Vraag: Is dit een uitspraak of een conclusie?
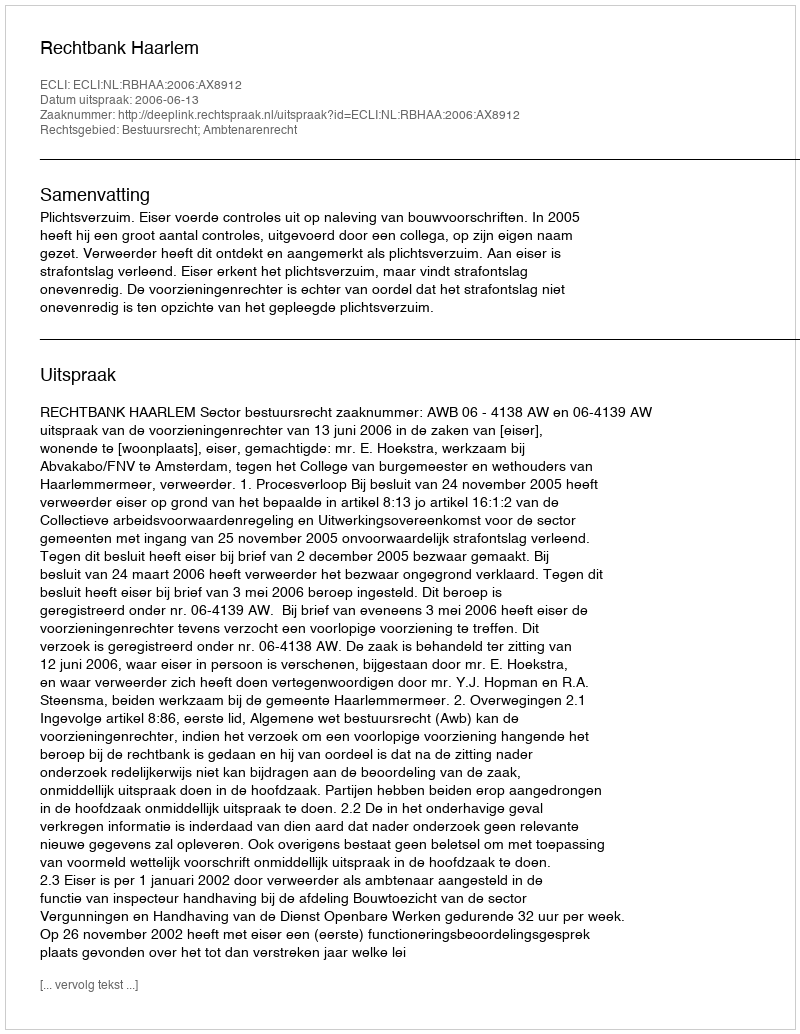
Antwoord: Uitspraak